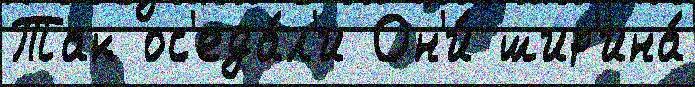
Так ос'еда́л'и Он'и́ шир'ина́